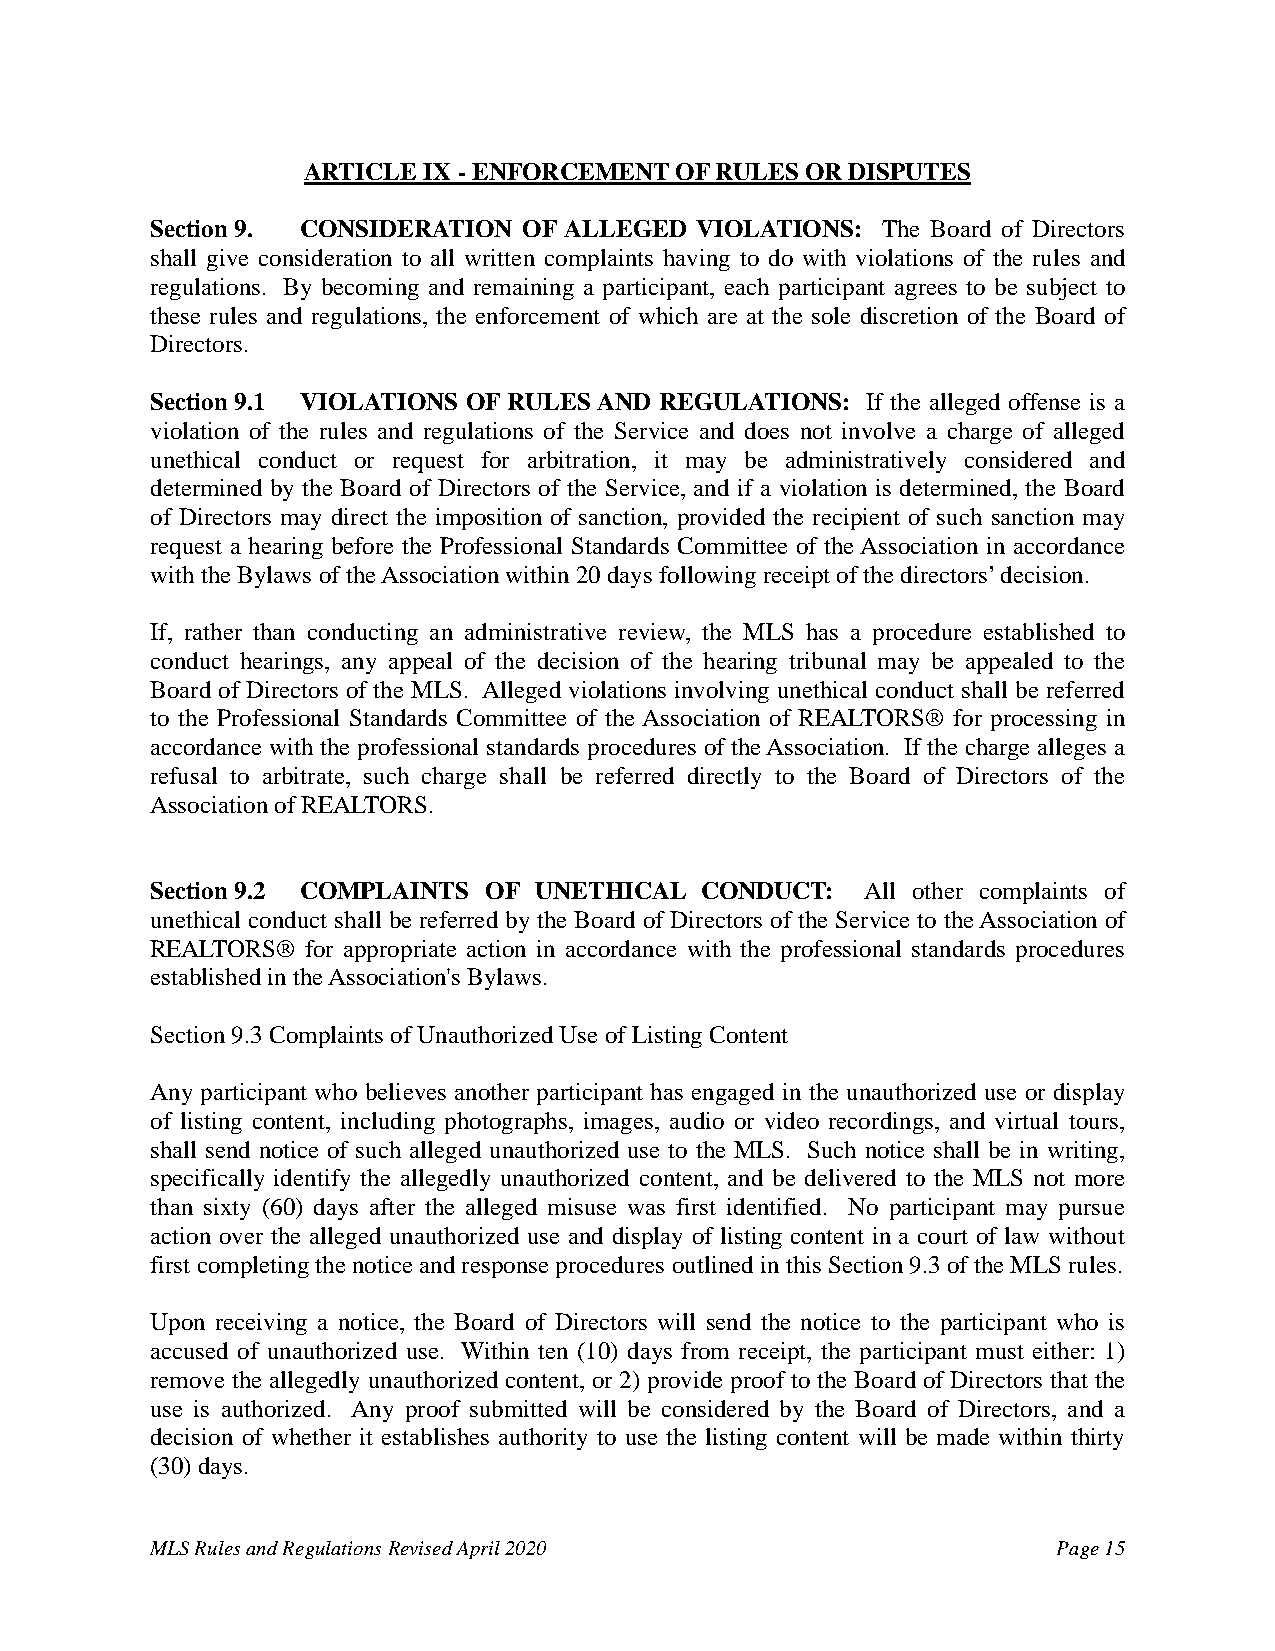
ARTICLE IX - ENFORCEMENT OF RULES OR DISPUTES
 Section 9. CONSIDERATION OF ALLEGED VIOLATIONS: The Board of Directors
 shall give consideration to all written complaints having to do with violations of the rules and
 regulations. By becoming and remaining a participant, each participant agrees to be subject to
 these rules and regulations, the enforcement of which are at the sole discretion of the Board of
 Directors.
 Section 9.1 VIOLATIONS OF RULES AND REGULATIONS: If the alleged offense is a
 violation of the rules and regulations of the Service and does not involve a charge of alleged
 unethical conduct or request for arbitration, it may be administratively considered and
 determined by the Board of Directors of the Service, and if a violation is determined, the Board
 of Directors may direct the imposition of sanction, provided the recipient of such sanction may
 request a hearing before the Professional Standards Committee of the Association in accordance
 with the Bylaws of the Association within 20 days following receipt of the directors’ decision.
 If, rather than conducting an administrative review, the MLS has a procedure established to
 conduct hearings, any appeal of the decision of the hearing tribunal may be appealed to the
 Board of Directors of the MLS. Alleged violations involving unethical conduct shall be referred
 to the Professional Standards Committee of the Association of REALTORS® for processing in
 accordance with the professional standards procedures of the Association. If the charge alleges a
 refusal to arbitrate, such charge shall be referred directly to the Board of Directors of the
 Association of REALTORS.
 Section 9.2 COMPLAINTS OF UNETHICAL CONDUCT:   All other complaints of
 unethical conduct shall be referred by the Board of Directors of the Service to the Association of
 REALTORS® for appropriate action in accordance with the professional standards procedures
 established in the Association's Bylaws.
 Section 9.3 Complaints of Unauthorized Use of Listing Content
 Any participant who believes another participant has engaged in the unauthorized use or display
 of listing content, including photographs, images, audio or video recordings, and virtual tours,
 shall send notice of such alleged unauthorized use to the MLS. Such notice shall be in writing,
 specifically identify the allegedly unauthorized content, and be delivered to the MLS not more
 than sixty (60) days after the alleged misuse was first identified. No participant may pursue
 action over the alleged unauthorized use and display of listing content in a court of law without
 first completing the notice and response procedures outlined in this Section 9.3 of the MLS rules.
 Upon receiving a notice, the Board of Directors will send the notice to the participant who is
 accused of unauthorized use. Within ten (10) days from receipt, the participant must either: 1)
 remove the allegedly unauthorized content, or 2) provide proof to the Board of Directors that the
 use is authorized. Any proof submitted will be considered by the Board of Directors, and a
 decision of whether it establishes authority to use the listing content will be made within thirty
 (30) days.
 MLS Rules and Regulations Revised April 2020                Page 15